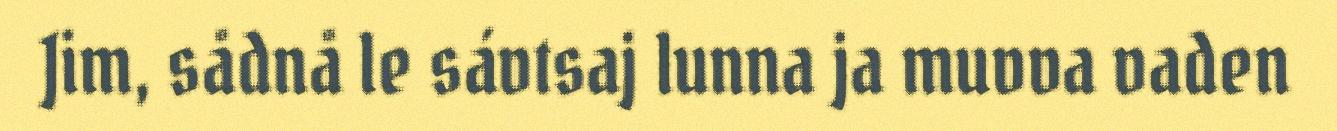
Jim, sådnå le sávtsaj lunna ja muvva vaden